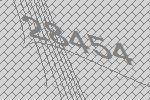
28454